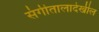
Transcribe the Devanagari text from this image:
संगीतालादेखील